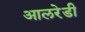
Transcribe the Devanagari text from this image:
आलरेडी